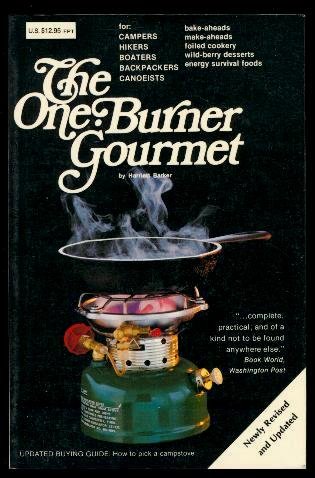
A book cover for The One Burner Gourmet for Campers, Hikers, Boaters, Backpackers, Canoeists; Harriett Barker; Cookbooks, Food & Wine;